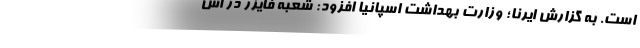
است. به گزارش ایرنا؛ وزارت بهداشت اسپانیا افزود: شعبه فایزر در اس